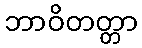
ဘာဝိတတ္တာ